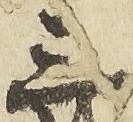
三